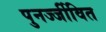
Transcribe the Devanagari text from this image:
पुनर्ज्जीवित